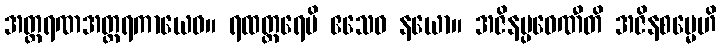
အတ္ထရဏအတ္ထရကာယေဝ။ ရထတ္ထရေပိ ဧသေဝ နယော။ အဇိနပ္ပဝေဏီတိ အဇိနစမ္မေဟိ